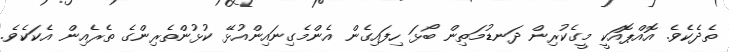
ތެދެކެވެ. އޮއްޕޮއަކީ މީގެކުރިން ދަނޑުމަތިން ބޯޅަ ހިފައިގެން އެންމެގިނައިންއުޅޭ ކުޅުންތެރިންގެ ތެރެއިން އެކަކެވެ.